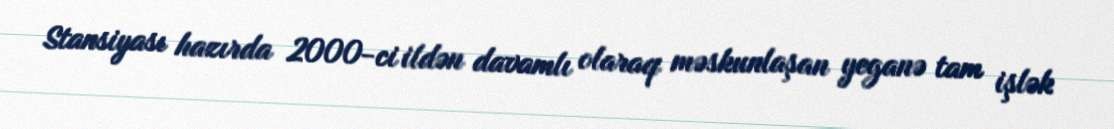
Stansiyası hazırda 2000-ci ildən davamlı olaraq məskunlaşan yeganə tam işlək